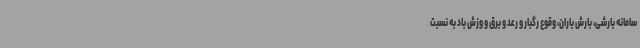
سامانه بارشی، بارش باران، وقوع رگبار و رعد و برق و وزش باد به نسبت